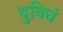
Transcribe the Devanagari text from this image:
दुविधं